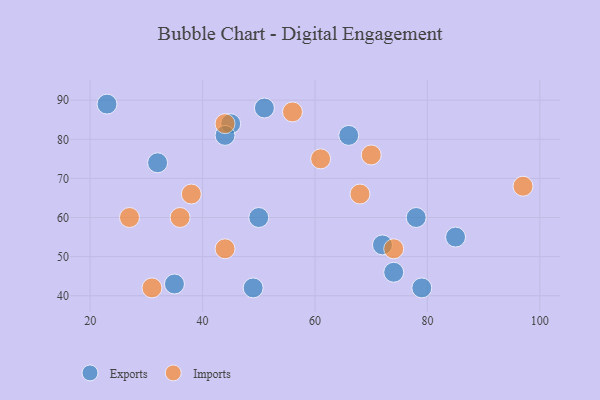
{"axis": {"x": "GDP", "y": "Life Expectancy"}, "legend": ["Exports", "Imports"], "data": [{"x": "35", "y": 43, "type": "Exports"}, {"x": "72", "y": 53, "type": "Exports"}, {"x": "32", "y": 74, "type": "Exports"}, {"x": "23", "y": 89, "type": "Exports"}, {"x": "45", "y": 84, "type": "Exports"}, {"x": "74", "y": 46, "type": "Exports"}, {"x": "66", "y": 81, "type": "Exports"}, {"x": "50", "y": 60, "type": "Exports"}, {"x": "49", "y": 42, "type": "Exports"}, {"x": "44", "y": 81, "type": "Exports"}, {"x": "78", "y": 60, "type": "Exports"}, {"x": "51", "y": 88, "type": "Exports"}, {"x": "85", "y": 55, "type": "Exports"}, {"x": "79", "y": 42, "type": "Exports"}, {"x": "97", "y": 68, "type": "Imports"}, {"x": "56", "y": 87, "type": "Imports"}, {"x": "44", "y": 52, "type": "Imports"}, {"x": "70", "y": 76, "type": "Imports"}, {"x": "27", "y": 60, "type": "Imports"}, {"x": "44", "y": 84, "type": "Imports"}, {"x": "74", "y": 52, "type": "Imports"}, {"x": "38", "y": 66, "type": "Imports"}, {"x": "61", "y": 75, "type": "Imports"}, {"x": "68", "y": 66, "type": "Imports"}, {"x": "31", "y": 42, "type": "Imports"}, {"x": "36", "y": 60, "type": "Imports"}]}